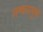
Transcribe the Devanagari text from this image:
लष्करामुळे